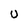
Character: u